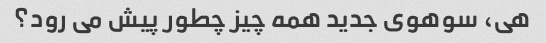
هی، سوهوی جدید همه چیز چطور پیش می رود؟